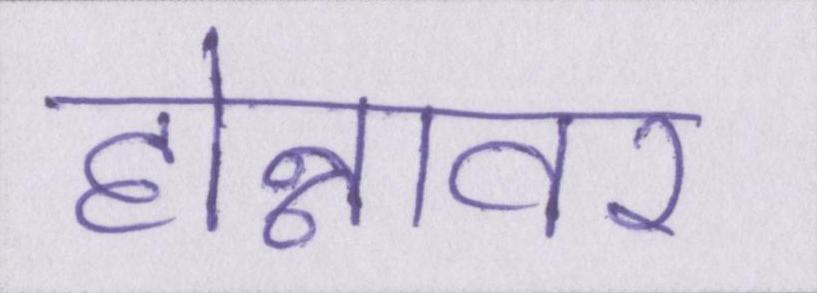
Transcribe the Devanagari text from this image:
होन्नावर